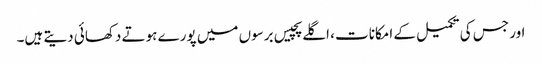
اور جس کی تکمیل کے امکانات ، اگلے پچیس برسوں میں پورے ہوتے دکھائی دیتے ہیں۔